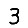
Digit: 3